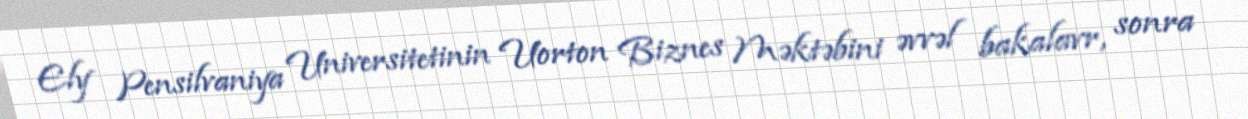
Ely Pensilvaniya Universitetinin Uorton Biznes Məktəbini əvvəl bakalavr, sonra